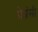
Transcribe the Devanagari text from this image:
प्रेग्नंसी